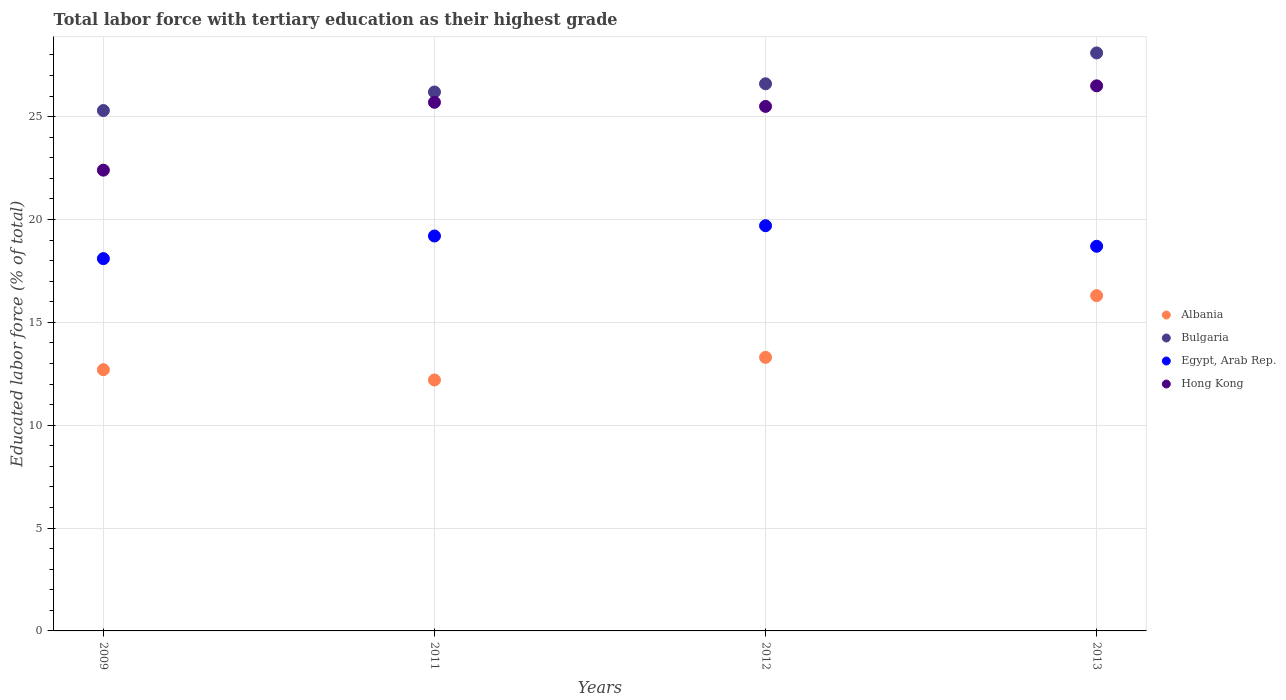
| Years | Albania | Bulgaria | Egypt, Arab Rep. | Hong Kong |
 | --- | --- | --- | --- | --- |
 | 2009 | 12.7 | 25.3 | 18.1 | 22.4 |
 | 2011 | 12.2 | 26.2 | 19.2 | 25.7 |
 | 2012 | 13.3 | 26.6 | 19.7 | 25.5 |
 | 2013 | 16.3 | 28.1 | 18.7 | 26.5 |